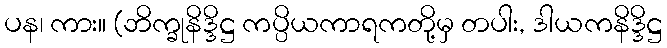
ပန၊ ကား။ (ဘိက္ခုနိဒ္ဒိဋ္ဌ ကပ္ပိယကာရကတို့မှ တပါး, ဒါယကနိဒ္ဒိဋ္ဌ